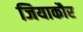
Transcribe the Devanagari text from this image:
जियाकौर